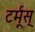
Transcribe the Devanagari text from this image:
टर्मूस्